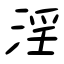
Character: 淫